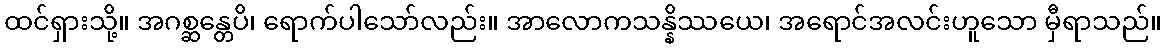
ထင်ရှားသို့။ အဂစ္ဆန္တေပိ၊ ရောက်ပါသော်လည်း။ အာလောကသန္နိဿယေ၊ အရောင်အလင်းဟူသော မှီရာသည်။